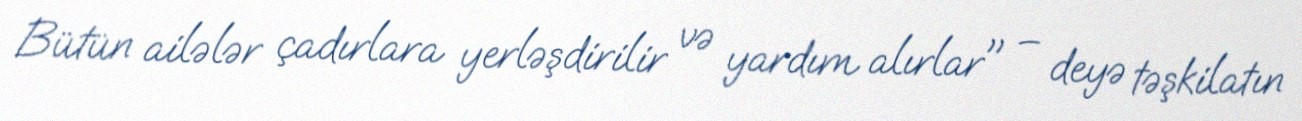
Bütün ailələr çadırlara yerləşdirilir və yardım alırlar" – deyə təşkilatın